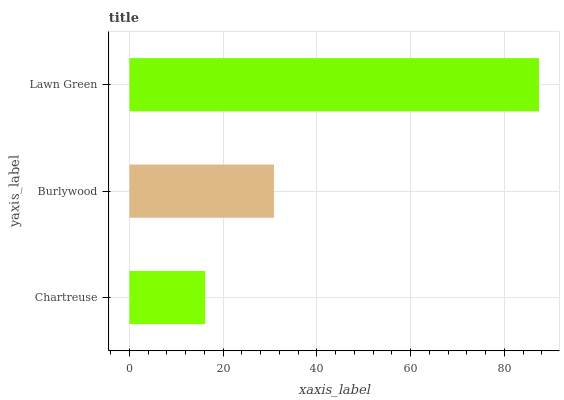
| yaxis_label | bars |
 | --- | --- |
 | Chartreuse | 16.2 |
 | Burlywood | 30.8 |
 | Lawn Green | 87.4 |